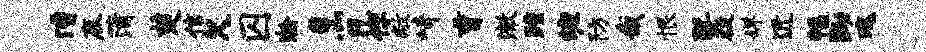
漕鹿蒲楚信欠囚瀚烹凡你敝崎曹澈踵缠防哉恨暨破婵近幅黝瑰